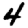
Digit: 4